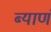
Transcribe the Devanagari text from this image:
ब्याणं